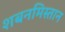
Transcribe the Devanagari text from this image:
शबनमिस्तान